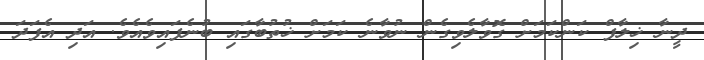
ދީނާ ޚިލާފް ކަންކަމަށް ގޮވާލެވިގެން ނުވާނެ ކަމަށް ޚުތުބާގައި ބުނެފައިވެއެވެ. އަދި އެފަދަ